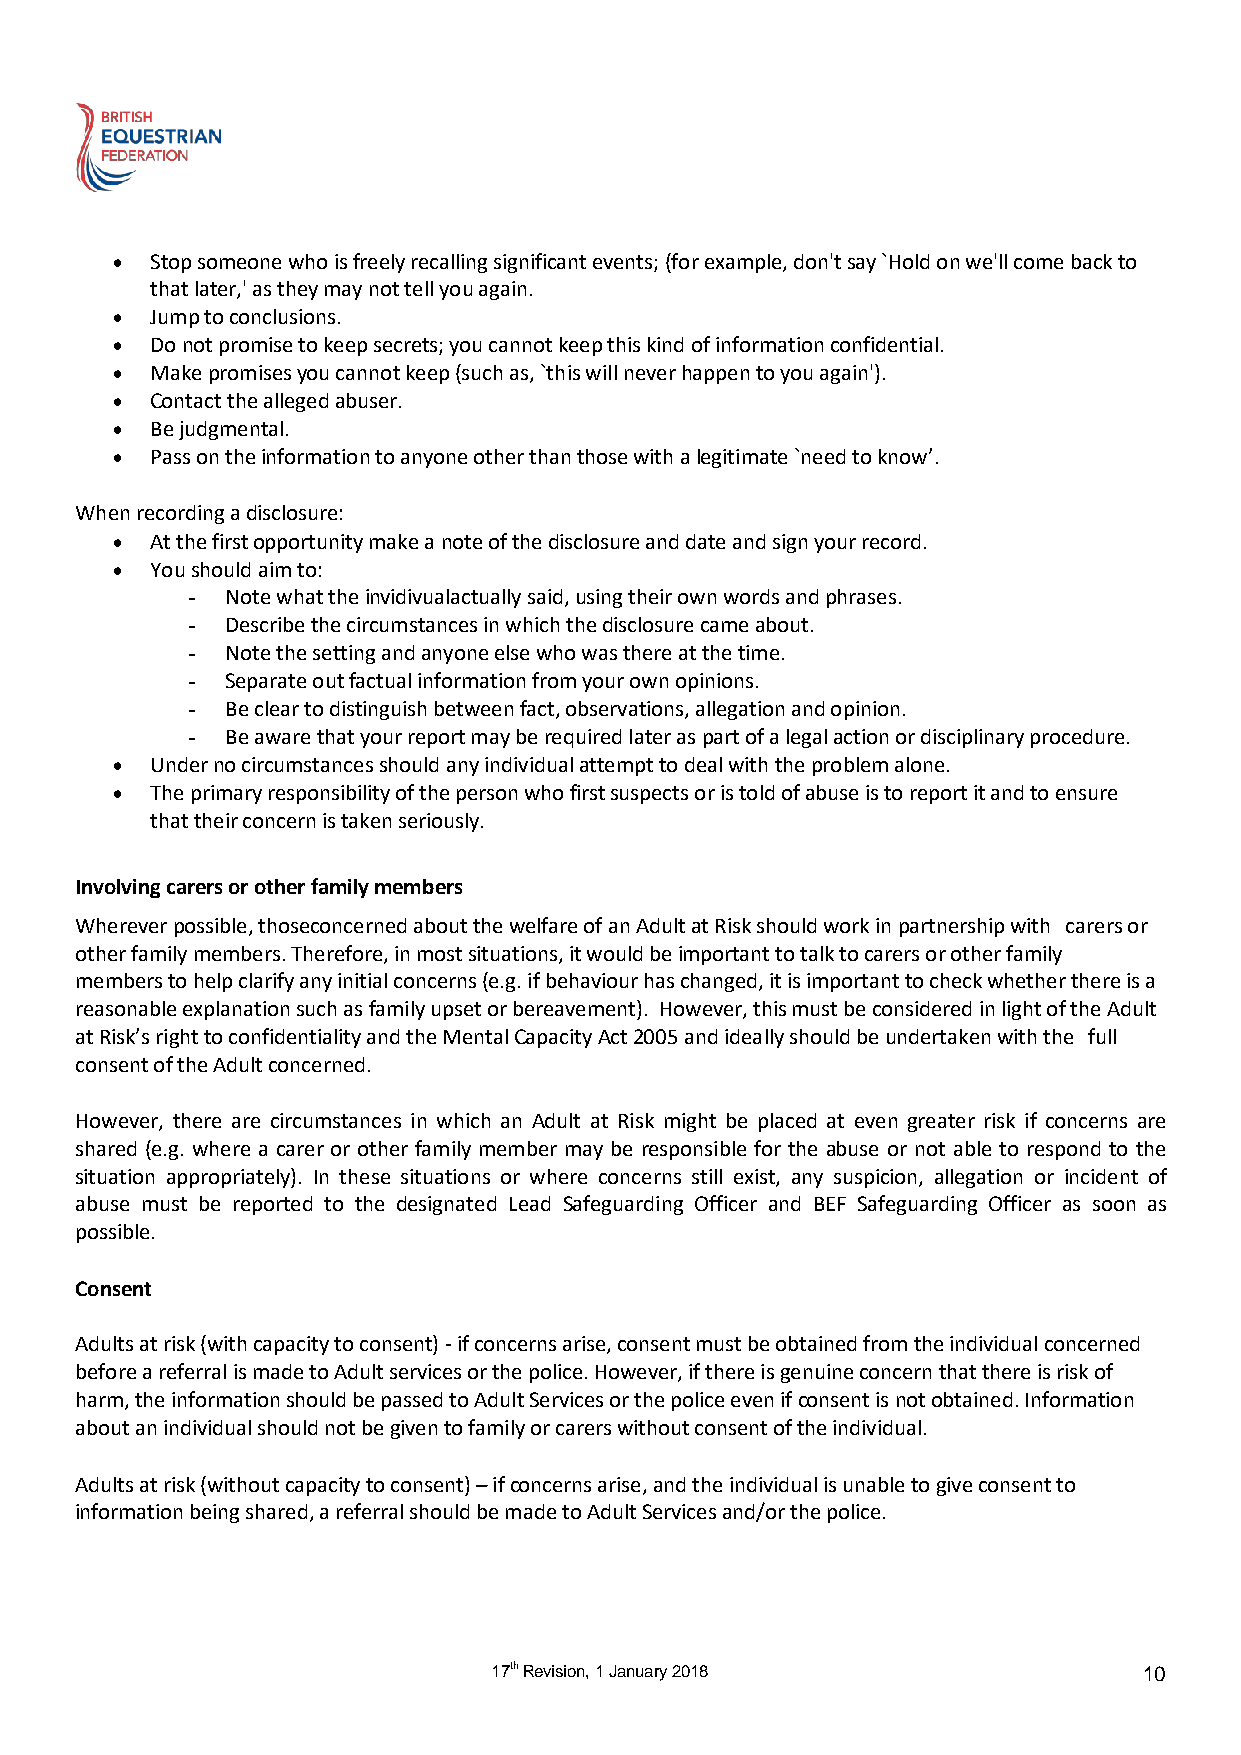
  Stop someone who is freely recalling significant events; (for example, don't say `Hold on we'll come back to
 that later,' as they may not tell you again.
   Jump to conclusions.
   Do not promise to keep secrets; you cannot keep this kind of information confidential.
   Make promises you cannot keep (such as, `this will never happen to you again').
   Contact the alleged abuser.
   Be judgmental.
   Pass on the information to anyone other than those with a legitimate `need to know’.
 When recording a disclosure:
   At the first opportunity make a note of the disclosure and date and sign your record.
   You should aim to:
 -  Note what the invidivualactually said, using their own words and phrases.
 -  Describe the circumstances in which the disclosure came about.
 -  Note the setting and anyone else who was there at the time.
 -  Separate out factual information from your own opinions.
 -  Be clear to distinguish between fact, observations, allegation and opinion.
 -  Be aware that your report may be required later as part of a legal action or disciplinary procedure.
   Under no circumstances should any individual attempt to deal with the problem alone.
   The primary responsibility of the person who first suspects or is told of abuse is to report it and to ensure
 that their concern is taken seriously.
 Involving carers or other family members
 Wherever possible, thoseconcerned about the welfare of an Adult at Risk should work in partnership with carers or
 other family members. Therefore, in most situations, it would be important to talk to carers or other family
 members to help clarify any initial concerns (e.g. if behaviour has changed, it is important to check whether there is a
 reasonable explanation such as family upset or bereavement). However, this must be considered in light of the Adult
 at Risk’s right to confidentiality and the Mental Capacity Act 2005 and ideally should be undertaken with the full
 consent of the Adult concerned.
 However, there are circumstances in which an Adult at Risk might be placed at even greater risk if concerns are
 shared (e.g. where a carer or other family member may be responsible for the abuse or not able to respond to the
 situation appropriately). In these situations or where concerns still exist, any suspicion, allegation or incident of
 abuse must be reported to the designated Lead Safeguarding Officer and BEF Safeguarding Officer as soon as
 possible.
 Consent
 Adults at risk (with capacity to consent) - if concerns arise, consent must be obtained from the individual concerned
 before a referral is made to Adult services or the police. However, if there is genuine concern that there is risk of
 harm, the information should be passed to Adult Services or the police even if consent is not obtained. Information
 about an individual should not be given to family or carers without consent of the individual.
 Adults at risk (without capacity to consent) – if concerns arise, and the individual is unable to give consent to
 information being shared, a referral should be made to Adult Services and/or the police.
 17th Revision, 1 January 2018              10